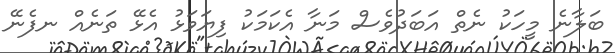
ބަލާނެ މީހަކު ނެތް އަބަދުވެސް މަނާ އެކަމަކު ފިޔަވަޅު އެޅޭ ތަނެއް ނފެނޭ